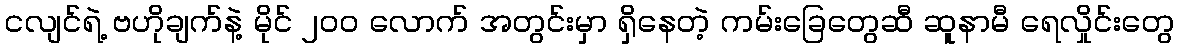
ငလျင်ရဲ့ ဗဟိုချက်နဲ့ မိုင် ၂၀၀ လောက် အတွင်းမှာ ရှိနေတဲ့ ကမ်းခြေတွေဆီ ဆူနာမီ ရေလှိုင်းတွေ